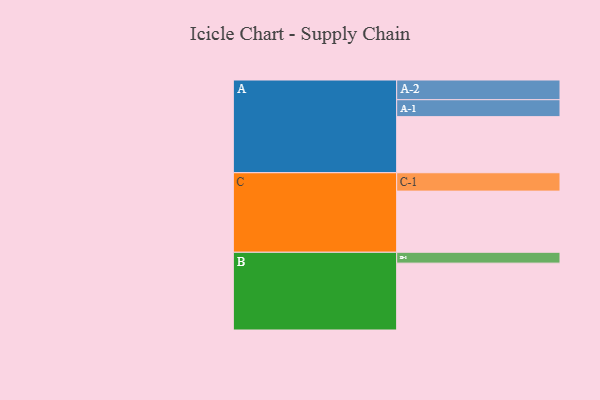
{"axis": {"x": "Segment", "y": "Value"}, "legend": ["", "A", "B", "C"], "data": [{"x": "A", "y": 501, "type": ""}, {"x": "B", "y": 597, "type": ""}, {"x": "C", "y": 546, "type": ""}, {"x": "A-1", "y": 151, "type": "A"}, {"x": "A-2", "y": 176, "type": "A"}, {"x": "B-1", "y": 97, "type": "B"}, {"x": "C-1", "y": 164, "type": "C"}]}